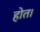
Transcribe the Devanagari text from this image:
होत।